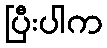
ပြီးပါက